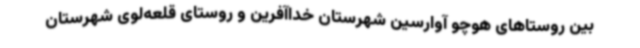
بین روستاهای هوچو آوارسین شهرستان خداآفرین و روستای قلعه‌لوی شهرستان